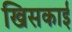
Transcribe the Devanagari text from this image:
खिसकाई